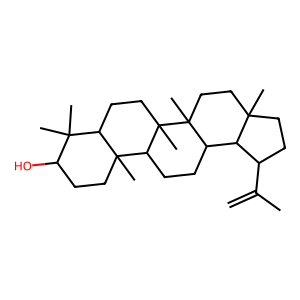
SMILES: C=C(C)C1CCC2(C)CCC3(C)C(CCC4C5(C)CCC(O)C(C)(C)C5CCC43C)C12
Inhibits HIV replication: No